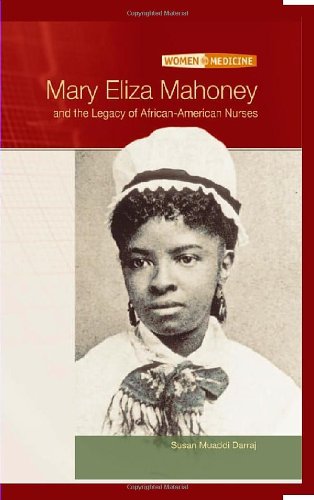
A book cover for Mary Eliza Mahoney and The Legacy Of African-American Nurses (Women in Medicine); Susan Muaddi Darraj; Teen & Young Adult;